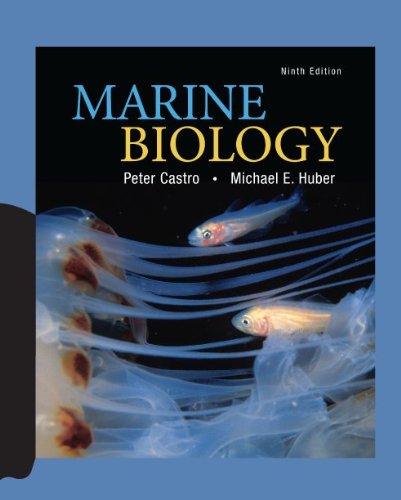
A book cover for Marine Biology; Peter Castro; Science & Math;